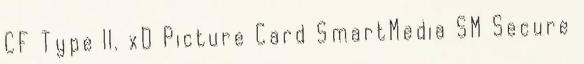
CF Type II. xD Picture Card SmartMedia SM Secure